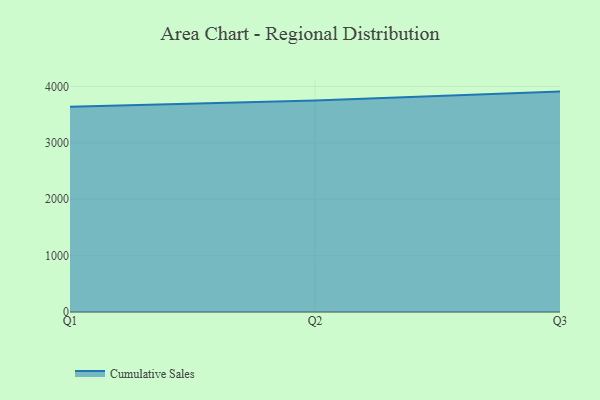
{"axis": {"x": "Quarter", "y": "Conversion Rate (%)"}, "legend": ["Cumulative Sales"], "data": [{"x": "Q1", "y": 3638.1, "type": "Cumulative Sales"}, {"x": "Q2", "y": 3749.5, "type": "Cumulative Sales"}, {"x": "Q3", "y": 3908.7, "type": "Cumulative Sales"}]}